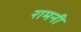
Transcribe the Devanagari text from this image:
रामनी